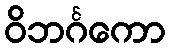
ဝိဘင်္ဂကော